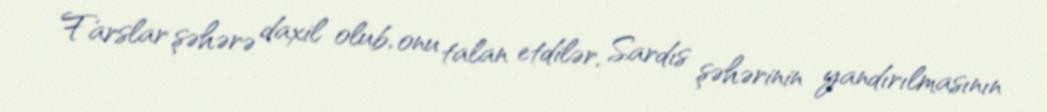
Farslar şəhərə daxil olub, onu talan etdilər, Sardıs şəhərinin yandırılmasının